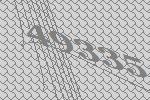
49335